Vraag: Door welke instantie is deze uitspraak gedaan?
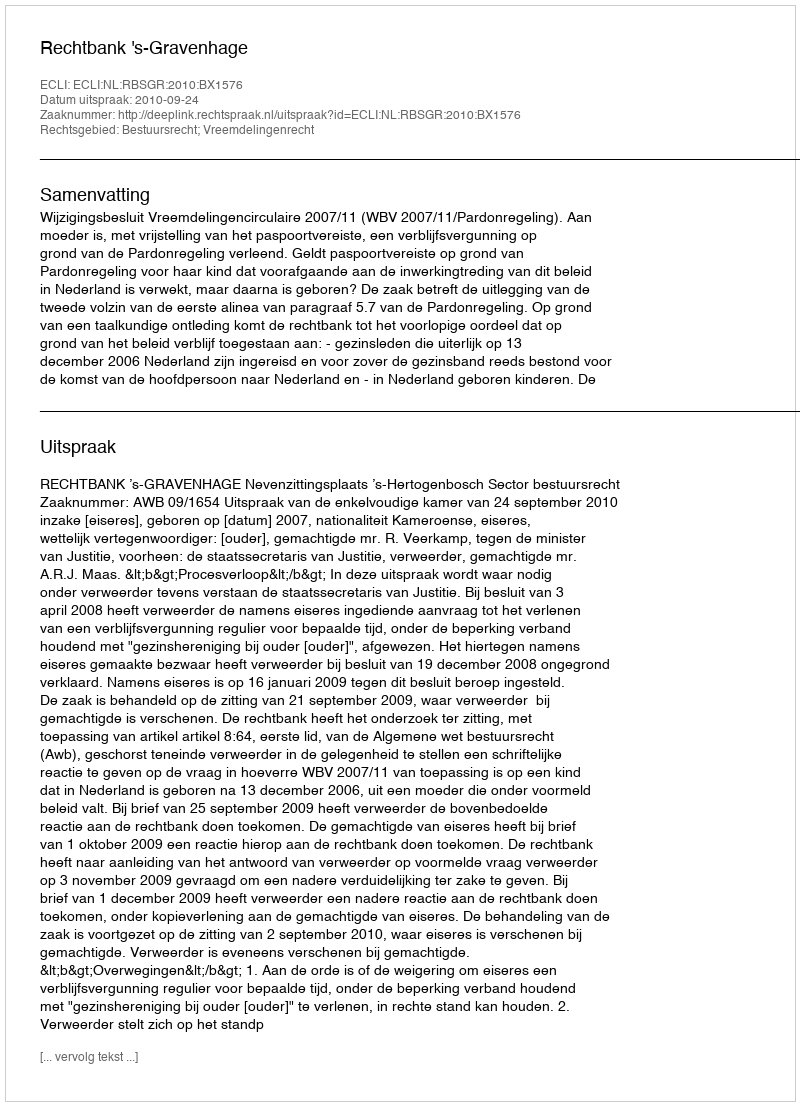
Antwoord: Rechtbank 's-Gravenhage